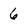
Character: 6